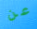
عن